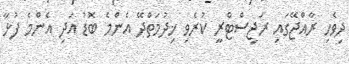
ދިވެހި ރާއްޖޭގައި ރަޖިސްޓްރީ ކުރެވި ޚިދުމަތްދޭ އެންމެ ބޮޑު އަދި އެންމެ ފުޅާ